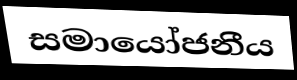
සමායෝජනීය